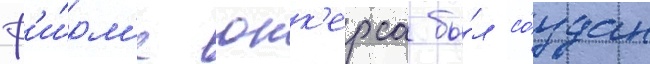
ф'и́рм'е юнк'ерса бы́л со́здан